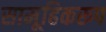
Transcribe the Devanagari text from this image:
सामूहिकरूप